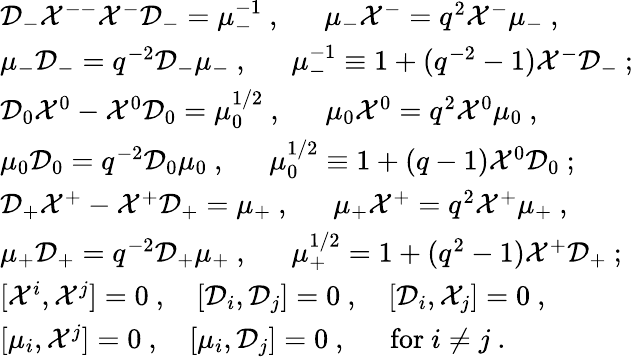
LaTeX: \begin{array}{l}{{{\cal D}_{-}{\cal X}^{--}{\cal X}^{-}{\cal D}_{-}=\mu_{-}^{-1}~,~~~~~~\mu_{-}{\cal X}^{-}=q^{2}{\cal X}^{-}\mu_{-}~,}}\\ {{\mu_{-}{\cal D}_{-}=q^{-2}{\cal D}_{-}\mu_{-}~,~~~~~~\mu_{-}^{-1}\equiv 1+(q^{-2}-1){\cal X}^{-}{\cal D}_{-}~;}}\\ {{{\cal D}_{0}{\cal X}^{0}-{\cal X}^{0}{\cal D}_{0}=\mu_{0}^{1/2}~,~~~~~~\mu_{0}{\cal X}^{0}=q^{2}{\cal X}^{0}\mu_{0}~,}}\\ {{\mu_{0}{\cal D}_{0}=q^{-2}{\cal D}_{0}\mu_{0}~,~~~~~~\mu_{0}^{1/2}\equiv 1+(q-1){\cal X}^{0}{\cal D}_{0}~;}}\\ {{{\cal D}_{+}{\cal X}^{+}-{\cal X}^{+}{\cal D}_{+}=\mu_{+}~,~~~~~~\mu_{+}{\cal X}^{+}=q^{2}{\cal X}^{+}\mu_{+}~,}}\\ {{\mu_{+}{\cal D}_{+}=q^{-2}{\cal D}_{+}\mu_{+}~,~~~~~~\mu_{+}^{1/2}=1+(q^{2}-1){\cal X}^{+}{\cal D}_{+}~;}}\\ {{[{\cal X}^{i},{\cal X}^{j}]=0~,~~~~[{\cal D}_{i},{\cal D}_{j}]=0~,~~~~[{\cal D}_{i},{\cal X}_{j}]=0~,}}\\ {{[\mu_{i},{\cal X}^{j}]=0~,~~~~[\mu_{i},{\cal D}_{j}]=0~,~~~~~~\mathrm{for}~i\not=j~.}}\end{array}